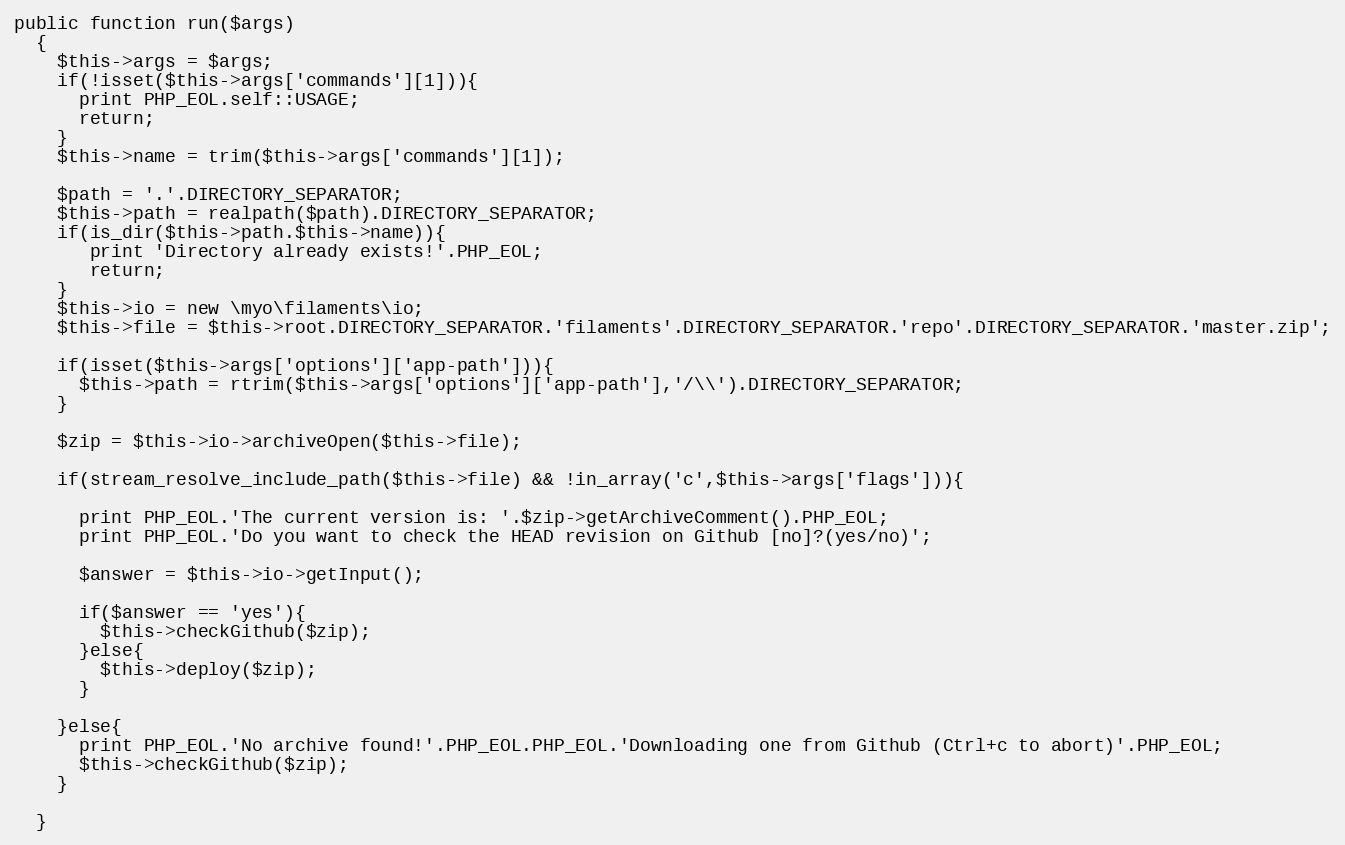
Language: PHP
public function run($args)
  {
    $this->args = $args;
    if(!isset($this->args['commands'][1])){
      print PHP_EOL.self::USAGE;
      return;
    }
    $this->name = trim($this->args['commands'][1]);

    $path = '.'.DIRECTORY_SEPARATOR;
    $this->path = realpath($path).DIRECTORY_SEPARATOR;
    if(is_dir($this->path.$this->name)){
       print 'Directory already exists!'.PHP_EOL;
       return;
    }
    $this->io = new \myo\filaments\io;
    $this->file = $this->root.DIRECTORY_SEPARATOR.'filaments'.DIRECTORY_SEPARATOR.'repo'.DIRECTORY_SEPARATOR.'master.zip';

    if(isset($this->args['options']['app-path'])){
      $this->path = rtrim($this->args['options']['app-path'],'/\\').DIRECTORY_SEPARATOR;
    }

    $zip = $this->io->archiveOpen($this->file);

    if(stream_resolve_include_path($this->file) && !in_array('c',$this->args['flags'])){

      print PHP_EOL.'The current version is: '.$zip->getArchiveComment().PHP_EOL;
      print PHP_EOL.'Do you want to check the HEAD revision on Github [no]?(yes/no)';

      $answer = $this->io->getInput();

      if($answer == 'yes'){
        $this->checkGithub($zip);
      }else{
        $this->deploy($zip);
      }

    }else{
      print PHP_EOL.'No archive found!'.PHP_EOL.PHP_EOL.'Downloading one from Github (Ctrl+c to abort)'.PHP_EOL;
      $this->checkGithub($zip);
    }

  }